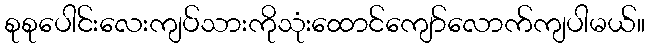
စုစုပေါင်းလေးကျပ်သားကိုသုံးထောင်ကျော်လောက်ကျပါမယ်။